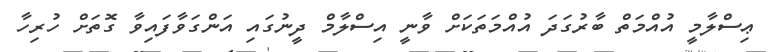
ޢިސްލާމީ އުއްމަތް ބާރުގަދަ އުއްމަތަކަށް ވާނީ އިސްލާމް ދީނުގައި އަންގަވާފައިވާ ގޮތަށް ހުރިހާ